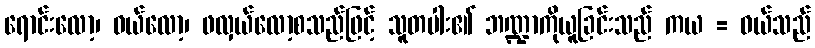
ရောင်းလော့၊ ဝယ်လော့၊ ဖလှယ်လော့စသည်ဖြင့် သူတပါး၏ ဘဏ္ဍာကိုယူခြင်းသည် ကယ = ဝယ်သည်